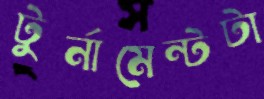
টুর্নামেন্টটা